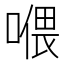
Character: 𱔎